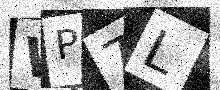
Text: WP7L